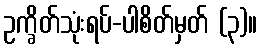
ဥက္ခိတ်သုံးရပ်-ပါစိတ်မှတ် (၃)။